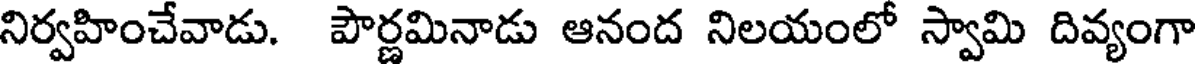
నిర్వహించేవాడు. పౌర్ణమినాడు ఆనంద నిలయంలో స్వామి దివ్యంగా